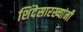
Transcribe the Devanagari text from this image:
शिंदेसारख्यांनी